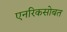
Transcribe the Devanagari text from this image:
एनरिकसोबत